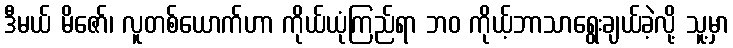
ဒီမယ် မိဇော်၊ လူတစ်ယောက်ဟာ ကိုယ်ယုံကြည်ရာ ဘဝ ကိုယ့်ဘာသာရွေးချယ်ခဲ့လို့ သူ့မှာ